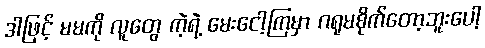
ဒါဖြင့် မမကို လူတွေ ကဲ့ရဲ့ မေးငေါ့ကြမှာ ဂရုမစိုက်တော့ဘူးပေါ့